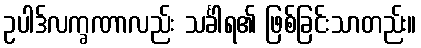
ဥပါဒ်လက္ခဏာလည်း သင်္ခါရ၏ ဖြစ်ခြင်းသာတည်း။